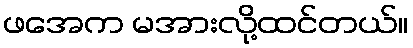
ဖအေက မအားလို့ထင်တယ်။